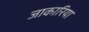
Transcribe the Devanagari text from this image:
जाकारिया